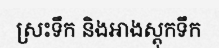
ស្រះទឹក និងអាងស្តុកទឹក